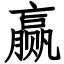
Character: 赢